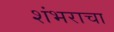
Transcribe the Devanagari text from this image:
शंभराचा